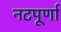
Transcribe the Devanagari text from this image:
नटपूर्णा